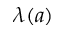
\lambda ( a )